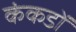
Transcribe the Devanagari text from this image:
कंकडों